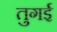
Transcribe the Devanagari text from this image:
तुगई